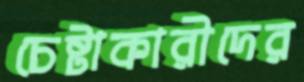
চেষ্টাকারীদের